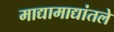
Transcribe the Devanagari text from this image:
माद्यामाद्यांतले